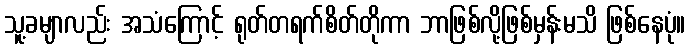
သူ့ခမျာလည်း အသံကြောင့် ရုတ်တရက်စိတ်တိုကာ ဘာဖြစ်လို့ဖြစ်မှန်းမသိ ဖြစ်နေပုံ။